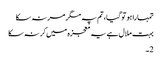
تمہارا ہو تو گیا، تم پہ مگر مر نہ سکا
بہت ملال ہے یہ معجزہ میں کر نہ سکا
2۔